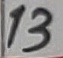
Text: 13